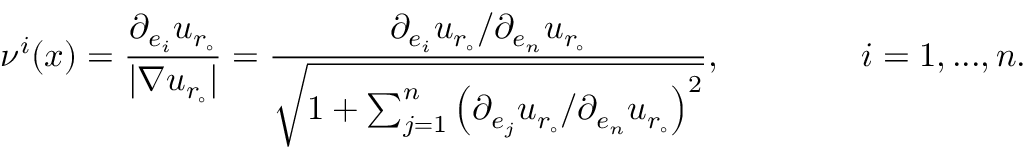
\qquad \nu ^ { i } ( x ) = \frac { \partial _ { e _ { i } } u _ { r _ { \circ } } } { | \nabla u _ { r _ { \circ } } | } = \frac { \partial _ { e _ { i } } u _ { r _ { \circ } } / \partial _ { e _ { n } } u _ { r _ { \circ } } } { \sqrt { 1 + \sum _ { j = 1 } ^ { n } \left( \partial _ { e _ { j } } u _ { r _ { \circ } } / \partial _ { e _ { n } } u _ { r _ { \circ } } \right) ^ { 2 } } } , \qquad \qquad i = 1 , . . . , n .